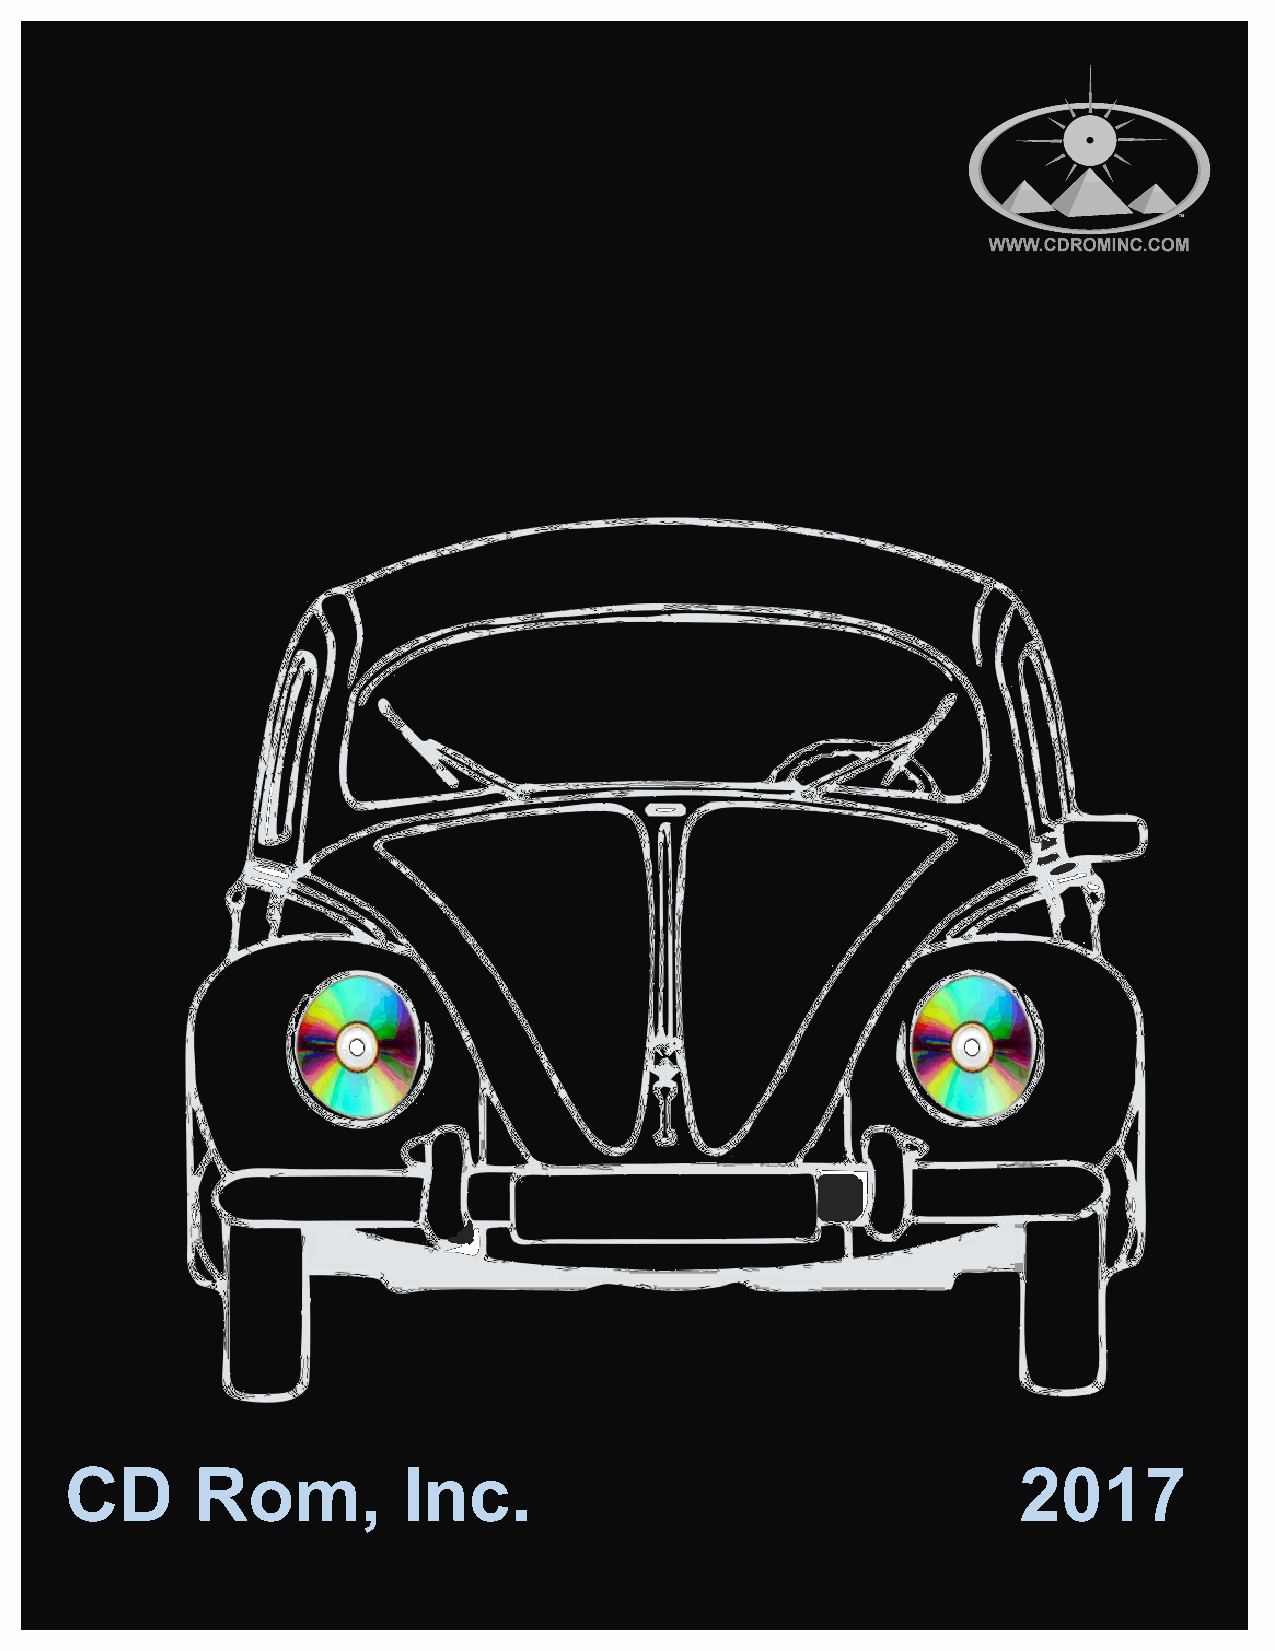
CD       Rom,          Inc.                                    2017
 1